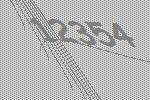
12354